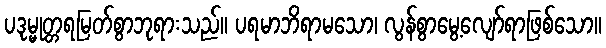
ပဒုမ္မုတ္တရမြတ်စွာဘုရားသည်။ ပရမာဘိရာမသော၊ လွန်စွာမွေ့လျော်ရာဖြစ်သော။